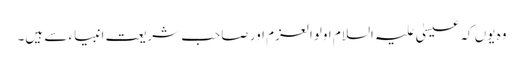
وہ یوں کہ عیسیٰ علیہ السلام اولوالعزم اور صاحب شریعت انبیاء سے ہیں۔